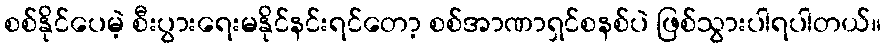
စစ်နိုင်ပေမဲ့ စီးပွားရေးမနိုင်နင်းရင်တော့ စစ်အာဏာရှင်စနစ်ပဲ ဖြစ်သွားပါရပါတယ်။